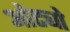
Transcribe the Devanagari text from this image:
ओट्यो